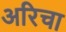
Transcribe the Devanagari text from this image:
अरिचा